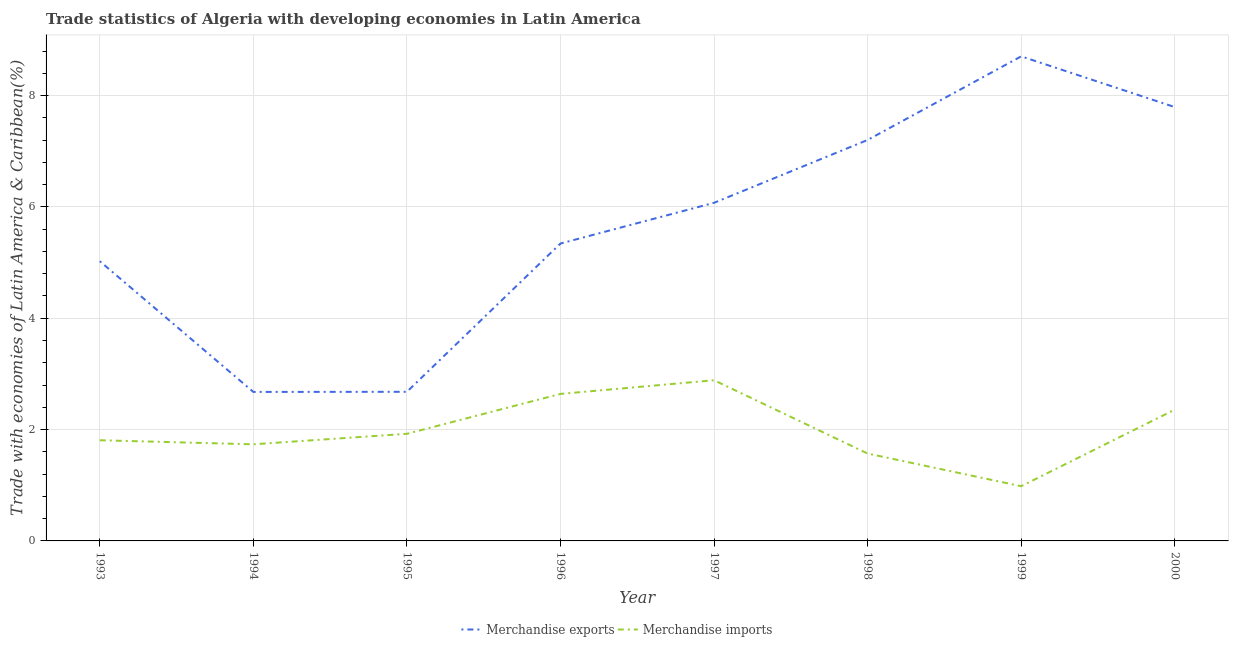
| Year | Merchandise exports | Merchandise imports |
 | --- | --- | --- |
 | 1993 | 5.02 | 1.81 |
 | 1994 | 2.68 | 1.74 |
 | 1995 | 2.68 | 1.92 |
 | 1996 | 5.34 | 2.64 |
 | 1997 | 6.07 | 2.89 |
 | 1998 | 7.2 | 1.57 |
 | 1999 | 8.7 | 0.983 |
 | 2000 | 7.79 | 2.36 |